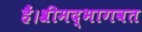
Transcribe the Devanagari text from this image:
हैं।श्रीमद्भागवत